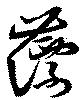
薸